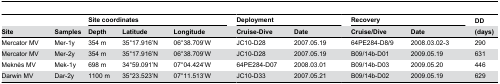
|  |  | <COLSPAN=3> Site coordinates |  | <COLSPAN=2> Deployment |  | <COLSPAN=2> Recovery |  | DD |
 | Site | Samples | Depth | Latitude | Longitude |  | Cruise-Dive | Date |  | Cruise/Dive | Date |  | (days) |
 | --- | --- | --- | --- | --- | --- | --- | --- | --- | --- | --- | --- | --- |
 | Mercator MV | Mer-1y | 354 m | 35°17.916’N | 06°38.709’W |  | JC10-D28 | 2007.05.19 |  | 64PE284-D8/9 | 2008.03.02-3 |  | 290 |
 | Mercator MV | Mer-2y | 354 m | 35°17.916’N | 06°38.709’W |  | JC10-D28 | 2007.05.19 |  | B09/14b-D01 | 2009.05.19 |  | 631 |
 | Meknès MV | Mek-1y | 698 m | 34°59.091’N | 07°04.424’W |  | 64PE284-D07 | 2008.03.01 |  | B09/14b-D03 | 2009.05.20 |  | 446 |
 | Darwin MV | Dar-2y | 1100 m | 35°23.523’N | 07°11.513’W |  | JC10-D33 | 2007.05.21 |  | B09/14b-D02 | 2009.05.19 |  | 629 |